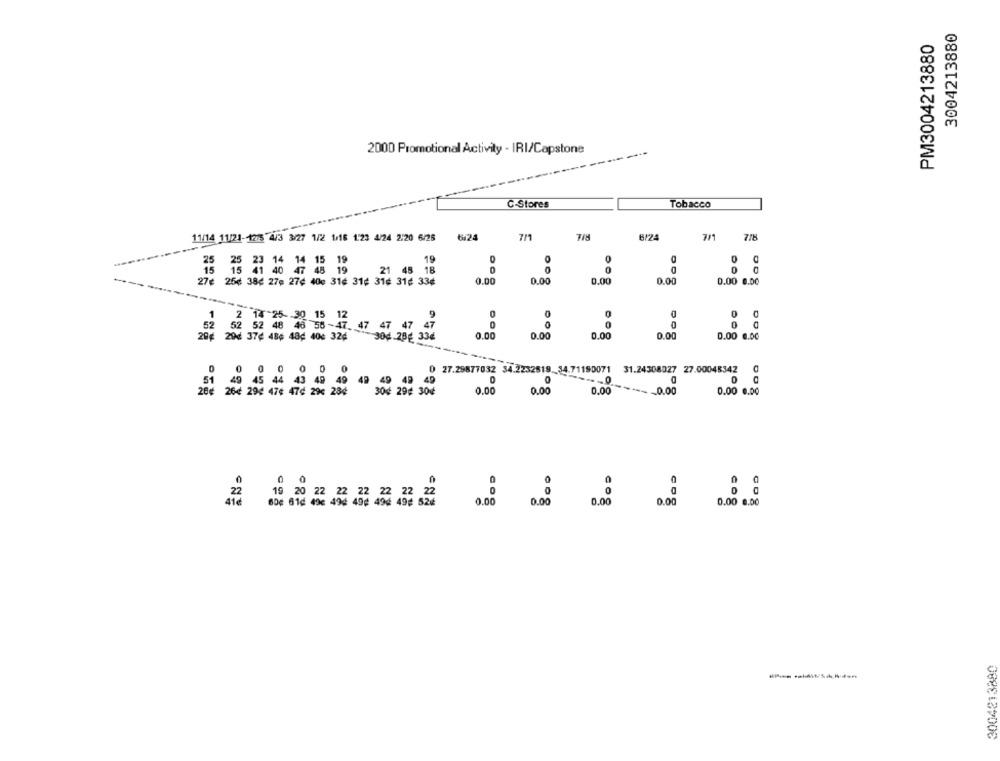
3004213880
PM3004213880
2000 Promotional Activity - IRI/Capstone
----
C-Stores
Tobacco
6/24
7/1
7/8
11/14 11/21-12:5 4/3 3/27 1/2 1/16 1:23 4/24 2:20 6/25
0
15 19
19
0
1 40 47 45 19
21 48 18
-
27¢ 25¢ 38¢ 27¢ 27¢ 40e 31¢ 31¢ 31¢ 31¢ 33¢
0.00
0.00
0.00
0.00
0.00 0.00
0
1
15
0
0
0
52
12
0
8 38 - 47.
47
47
0.00
0.00
0.00
0.00
0.00 0.00
20€
1 406 32
04.29€ 334
$50
2to
0 27.29877032 34.2232519. 34.71190071 31.24308027 27.00048342
45
40
40
30€ 29€ 30€
0.00
0.00
0.00
---- 0.00
0.00 0.00
280
: :
0.00
0.00 0.00
633 456 499 494
0.00
008
3004213890